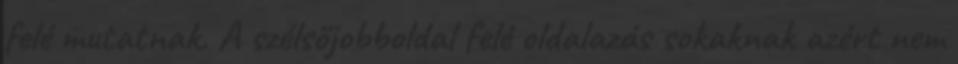
felé mutatnak. A szélsőjobboldal felé oldalazás sokaknak azért nem